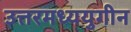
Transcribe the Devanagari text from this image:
उत्तरमध्ययुगीन